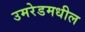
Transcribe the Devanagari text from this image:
उमरेडमधील